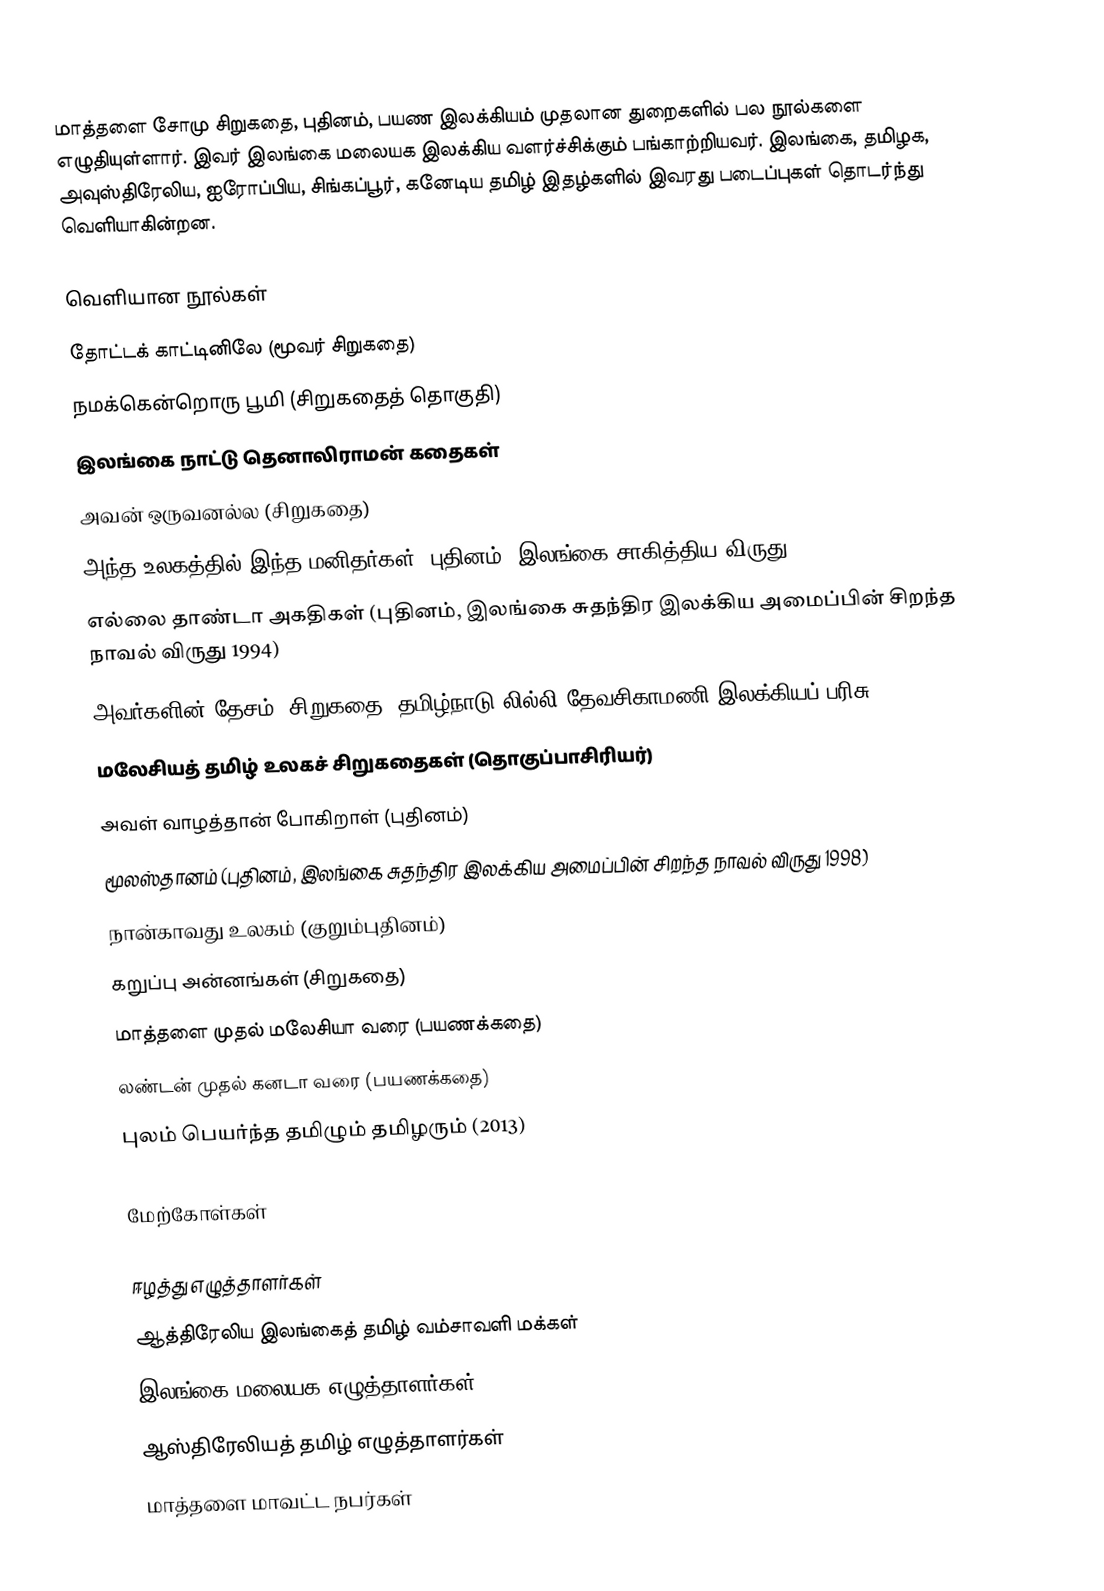
மாத்தளை சோமு சிறுகதை, புதினம், பயண இலக்கியம் முதலான துறைகளில் பல நூல்களை எழுதியுள்ளார். இவர் இலங்கை மலையக இலக்கிய வளர்ச்சிக்கும் பங்காற்றியவர். இலங்கை, தமிழக, அவுஸ்திரேலிய, ஐரோப்பிய, சிங்கப்பூர், கனேடிய தமிழ் இதழ்களில் இவரது படைப்புகள் தொடர்ந்து வெளியாகின்றன.

வெளியான நூல்கள்
 தோட்டக் காட்டினிலே (மூவர் சிறுகதை)
 நமக்கென்றொரு பூமி (சிறுகதைத் தொகுதி)
 இலங்கை நாட்டு தெனாலிராமன் கதைகள்
 அவன் ஒருவனல்ல (சிறுகதை)
 அந்த உலகத்தில் இந்த மனிதர்கள் (புதினம், இலங்கை சாகித்திய விருது 1991)
 எல்லை தாண்டா அகதிகள் (புதினம், இலங்கை சுதந்திர இலக்கிய அமைப்பின் சிறந்த நாவல் விருது 1994)
 அவர்களின் தேசம் (சிறுகதை, தமிழ்நாடு லில்லி தேவசிகாமணி இலக்கியப் பரிசு 1995)'
 மலேசியத் தமிழ் உலகச் சிறுகதைகள் (தொகுப்பாசிரியர்)
 அவள் வாழத்தான் போகிறாள் (புதினம்)
 மூலஸ்தானம் (புதினம், இலங்கை சுதந்திர இலக்கிய அமைப்பின் சிறந்த நாவல் விருது 1998)
 நான்காவது உலகம் (குறும்புதினம்)
 கறுப்பு அன்னங்கள் (சிறுகதை)
 மாத்தளை முதல் மலேசியா வரை (பயணக்கதை)
 லண்டன் முதல் கனடா வரை (பயணக்கதை)
 புலம் பெயர்ந்த தமிழும் தமிழரும் (2013)

மேற்கோள்கள்

ஈழத்து எழுத்தாளர்கள்
ஆத்திரேலிய இலங்கைத் தமிழ் வம்சாவளி மக்கள்
இலங்கை மலையக எழுத்தாளர்கள்
ஆஸ்திரேலியத் தமிழ் எழுத்தாளர்கள்
மாத்தளை மாவட்ட நபர்கள்